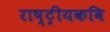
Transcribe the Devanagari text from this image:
राष्ट्रीयकवि